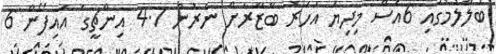
ބަލާލުމުގައި 6އެސް މިދިޔަ އަހަރު ބާޒާރަށް ނެރުނު 4.7 އިންޗީގެ އައިފޯން 6